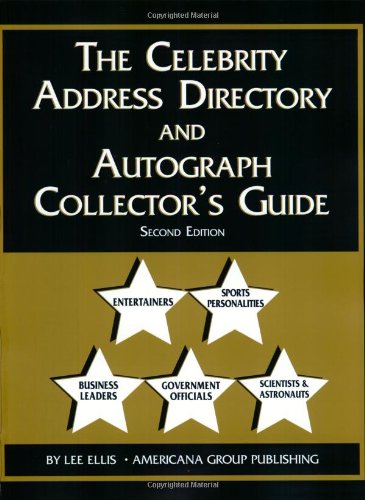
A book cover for The Celebrity Address Directory & Autograph Collector's Guide; Lee A. Ellis; Crafts, Hobbies & Home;